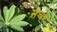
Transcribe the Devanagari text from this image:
संचरे